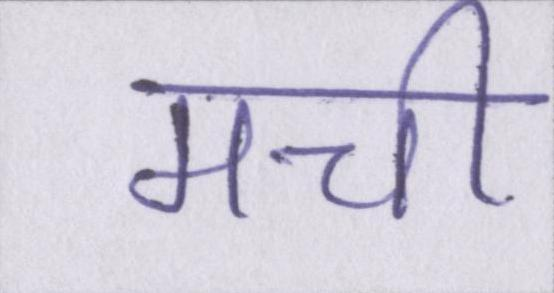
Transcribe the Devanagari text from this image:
मची